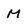
Character: M